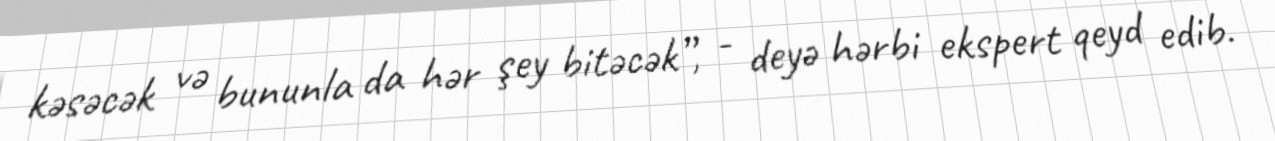
kəsəcək və bununla da hər şey bitəcək”, - deyə hərbi ekspert qeyd edib.